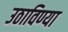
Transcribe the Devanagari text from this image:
उठाविण्या